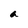
Character: a